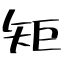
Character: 矩